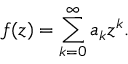
f ( z ) = \sum _ { k = 0 } ^ { \infty } a _ { k } z ^ { k } .